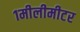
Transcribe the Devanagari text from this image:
१मीलीमीटर